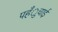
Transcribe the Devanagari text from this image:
पहँुचाई